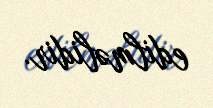
edilməlidir.